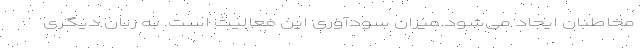
مخاطبان ایجاد می‌شود میزان سودآوری این فعالیت است. به زبان دیگری